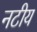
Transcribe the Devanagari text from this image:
नटीय